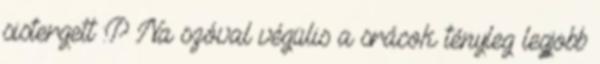
sistergett :P Na szóval végülis a srácok tényleg legjobb